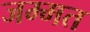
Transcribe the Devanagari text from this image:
जम्‍मत